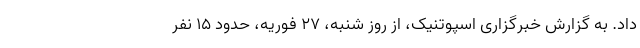
داد. به گزارش خبرگزاری اسپوتنیک، از روز شنبه، ۲۷ فوریه، حدود ۱۵ نفر